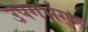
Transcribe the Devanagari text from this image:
उपगर्भगृह